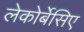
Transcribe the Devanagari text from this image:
लेकोर्बेसिए